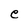
Character: e